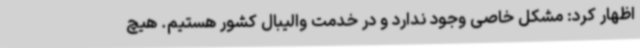
اظهار کرد: مشکل خاصی وجود ندارد و در خدمت والیبال کشور هستیم. هیچ